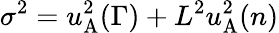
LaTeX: \sigma^{2}=u_{\mathrm{A}}^{2}(\Gamma)+L^{2}u_{\mathrm{A}}^{2}(n)